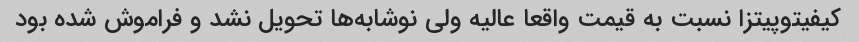
کیفیتوپیتزا نسبت به قیمت واقعا عالیه ولی نوشابه‌ها تحویل نشد و فراموش شده بود